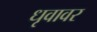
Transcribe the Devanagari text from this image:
धृवावर